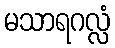
မသာရဂလ္လံ